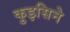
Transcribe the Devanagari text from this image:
कुइसिने